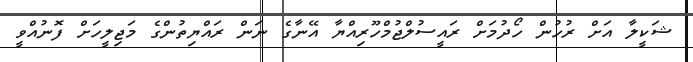
ޝަކީލާ އަށް ރުހުން ހޯދުމަށް ރައީސުލްޖުމްހޫރިއްޔާ އޭނާގެ ނަން ރައްޔިތުންގެ މަޖިލީހަށް ފޮނުއްވީ